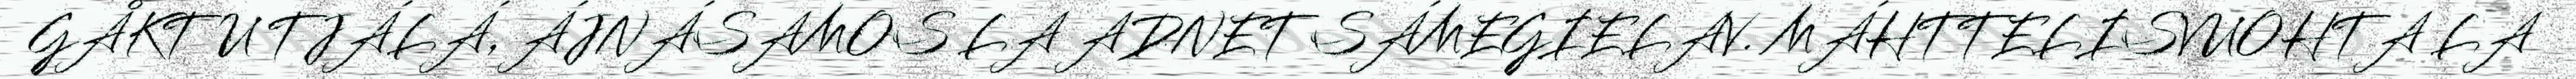
GÅKTU TJÁLÁ, ÁJNÁSAMOS LA ADNET SÁMEGIELAV. MÁHTTELISVUOHTA LA